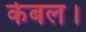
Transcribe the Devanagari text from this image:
केबल।